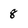
Character: 8